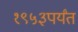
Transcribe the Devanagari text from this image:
१९५३पर्यंत